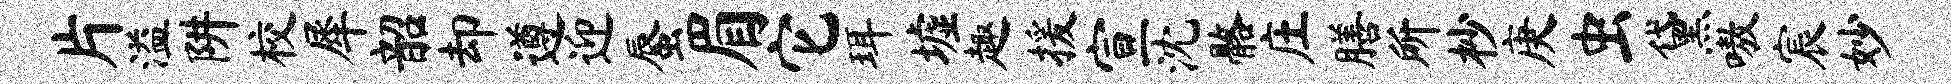
片溢阱校犀韶却遵迎蜃眉它珥墟趣援宣沈髂庄膳所杪庚虫黛嗷宸妙